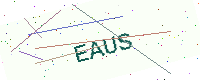
Text: EAUS